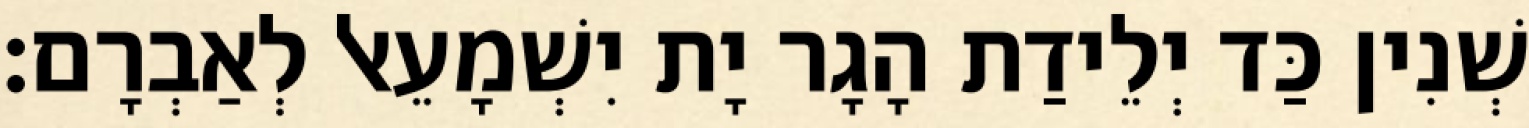
שְׁנִין כַּד יְלֵידַת הָגָר יָת יִשְׁמָעֵאל לְאַבְרָם׃